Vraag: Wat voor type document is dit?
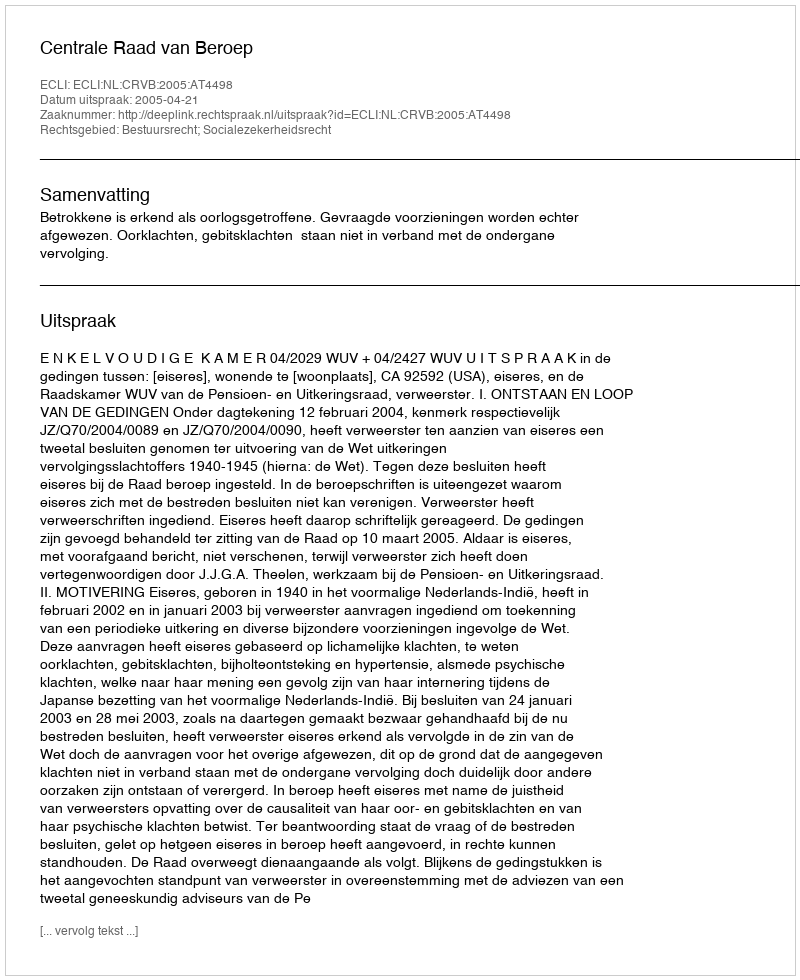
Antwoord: Uitspraak